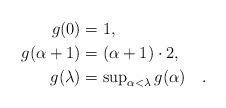
LaTeX: \begin{align*} g(0)&=1,\\ g(\alpha+1)&=(\alpha+1)\cdot 2,\\ g(\lambda)&=\textstyle\sup_{\alpha<\lambda}g(\alpha)\quad.\end{align*}